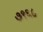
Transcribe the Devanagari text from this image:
७९६८